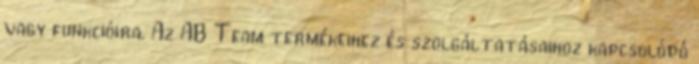
vagy funkcióira. Az AB Team termékeihez és szolgáltatásaihoz kapcsolódó